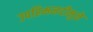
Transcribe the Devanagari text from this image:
उपहिमनदीमुळे